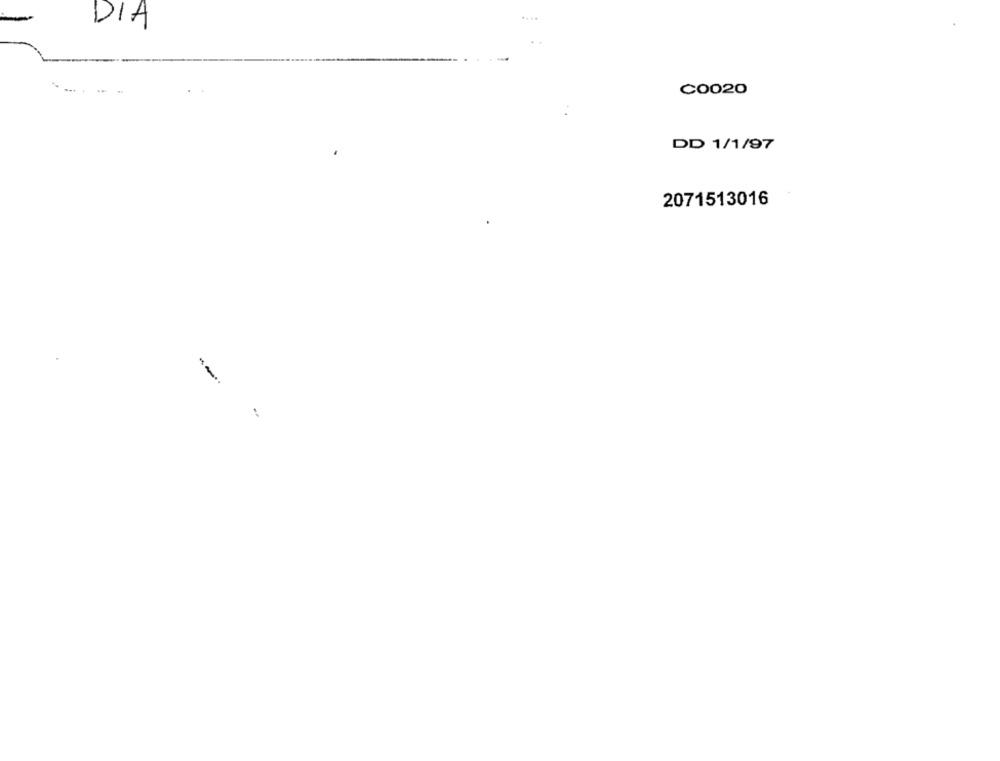
DIA
C0020
DD 1/1/97
2071513016
--..